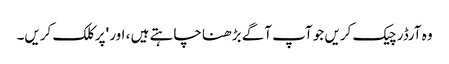
وہ آرڈر چیک کریں جو آپ آگے بڑھنا چاہتے ہیں ، اور 'پر کلک کریں۔